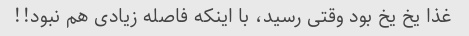
غذا یخ یخ بود وقتی رسید، با اینکه فاصله زیادی هم نبود!!